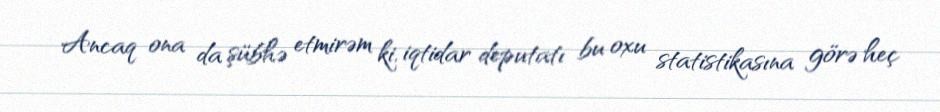
Ancaq ona da şübhə etmirəm ki, iqtidar deputatı bu oxu statistikasına görə heç